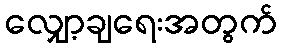
လျှော့ချရေးအတွက်